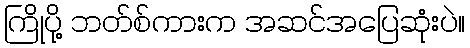
ကြိုပို့ ဘတ်စ်ကားက အဆင်အပြေဆုံးပဲ။